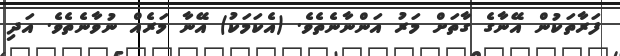
ފަރާތަކުން އޭނާގެ ގާތަށް މަރު އަންނާނެތެވެ. (އެކަމަކު) އޭނާ މަރެއް ނުވާނެތެވެ. އަދި